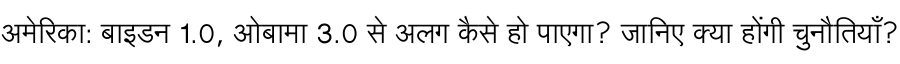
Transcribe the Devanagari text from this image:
अमेरिका: बाइडन 1.0, ओबामा 3.0 से अलग कैसे हो पाएगा? जानिए क्या होंगी चुनौतियाँ?